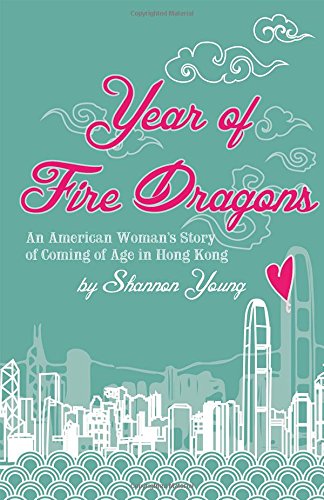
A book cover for Year of Fire Dragons: An American Woman's Story of Coming of Age in Hong Kong; Shannon Young; History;